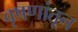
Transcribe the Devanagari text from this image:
वृषणांतून